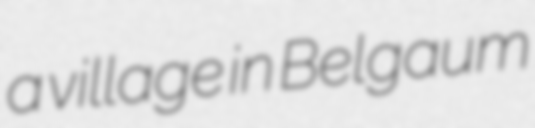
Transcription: a village in Belgaum